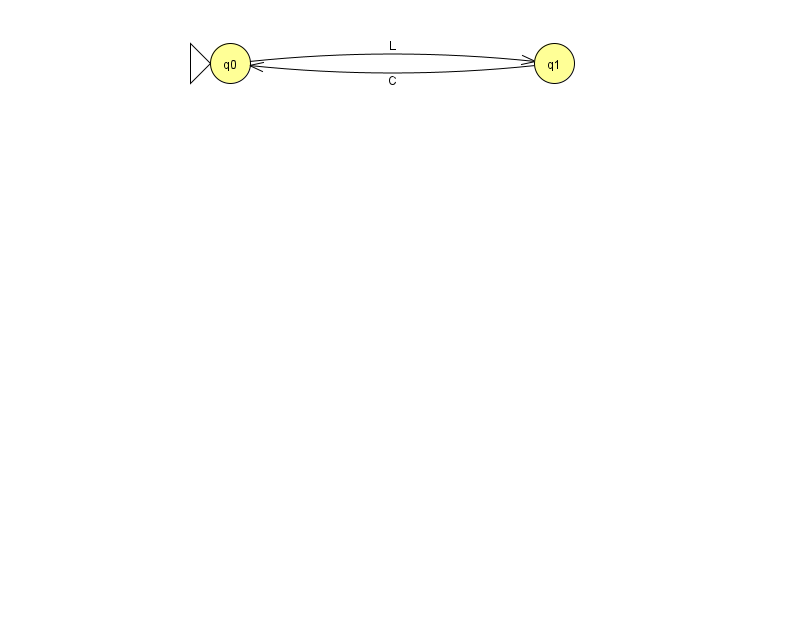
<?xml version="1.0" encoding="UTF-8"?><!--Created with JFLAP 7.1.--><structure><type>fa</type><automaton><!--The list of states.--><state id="0" name="q0"><x>230.0</x><y>50.0</y><initial/></state><state id="1" name="q1"><x>554.0</x><y>50.0</y></state><!--The list of transitions.--><transition><from>0</from><to>1</to><read>L</read></transition><transition><from>1</from><to>0</to><read>C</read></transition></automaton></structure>